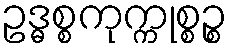
ဥဒ္ဓစ္စကုက္ကုစ္စဉ္စ